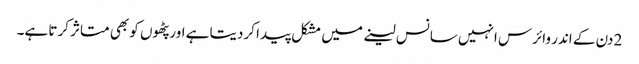
2 دن کے اندر وائرس انہیں سانس لینے میں مشکل پیدا کردیتا ہے اور پٹھوں کو بھی متاثر کرتا ہے۔